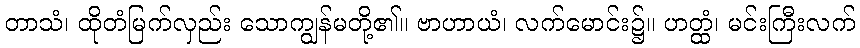
တာသံ၊ ထိုတံမြက်လှည်း သောကျွန်မတို့၏။ ဗာဟာယံ၊ လက်မောင်း၌။ ဟတ္ထံ၊ မင်းကြီးလက်